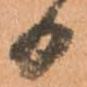
日